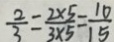
\frac { 2 } { 3 } = \frac { 2 \times 5 } { 3 \times 5 } = \frac { 1 0 } { 1 5 }